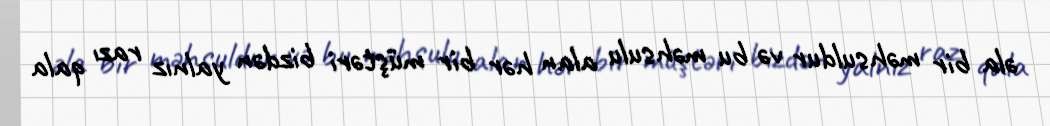
əla bir məhsuldur və bu məhsulu alan hər bir müştəri bizdən yalnız razı qala